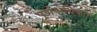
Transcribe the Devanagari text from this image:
पूर्णअधिकार